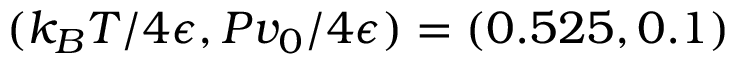
( k _ { B } T / 4 \epsilon , P v _ { 0 } / 4 \epsilon ) = ( 0 . 5 2 5 , 0 . 1 )